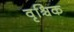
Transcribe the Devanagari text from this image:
वृश्र्चिक